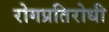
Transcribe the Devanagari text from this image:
रोगप्रतिरोधी